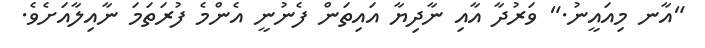
"އާނ މިއައީނު." ވަރުދާ އާއި ނާދިޔާ އައިތަން ފެނުނީ އެންމެ ފުރަތަމަ ނާއިލާއަށެވެ.